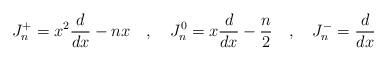
LaTeX: \begin{align*}J^+_n = x^2{d \over {d x}} - nx\quad ,\quad J^0_n = x{d \over{d x}}-{n\over 2}\quad , \quad J^-_n = {d \over {d x}}\end{align*}